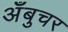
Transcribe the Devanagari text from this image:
अँबुचर